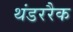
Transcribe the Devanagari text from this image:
थंडररैक